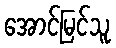
အောင်မြင်သူ